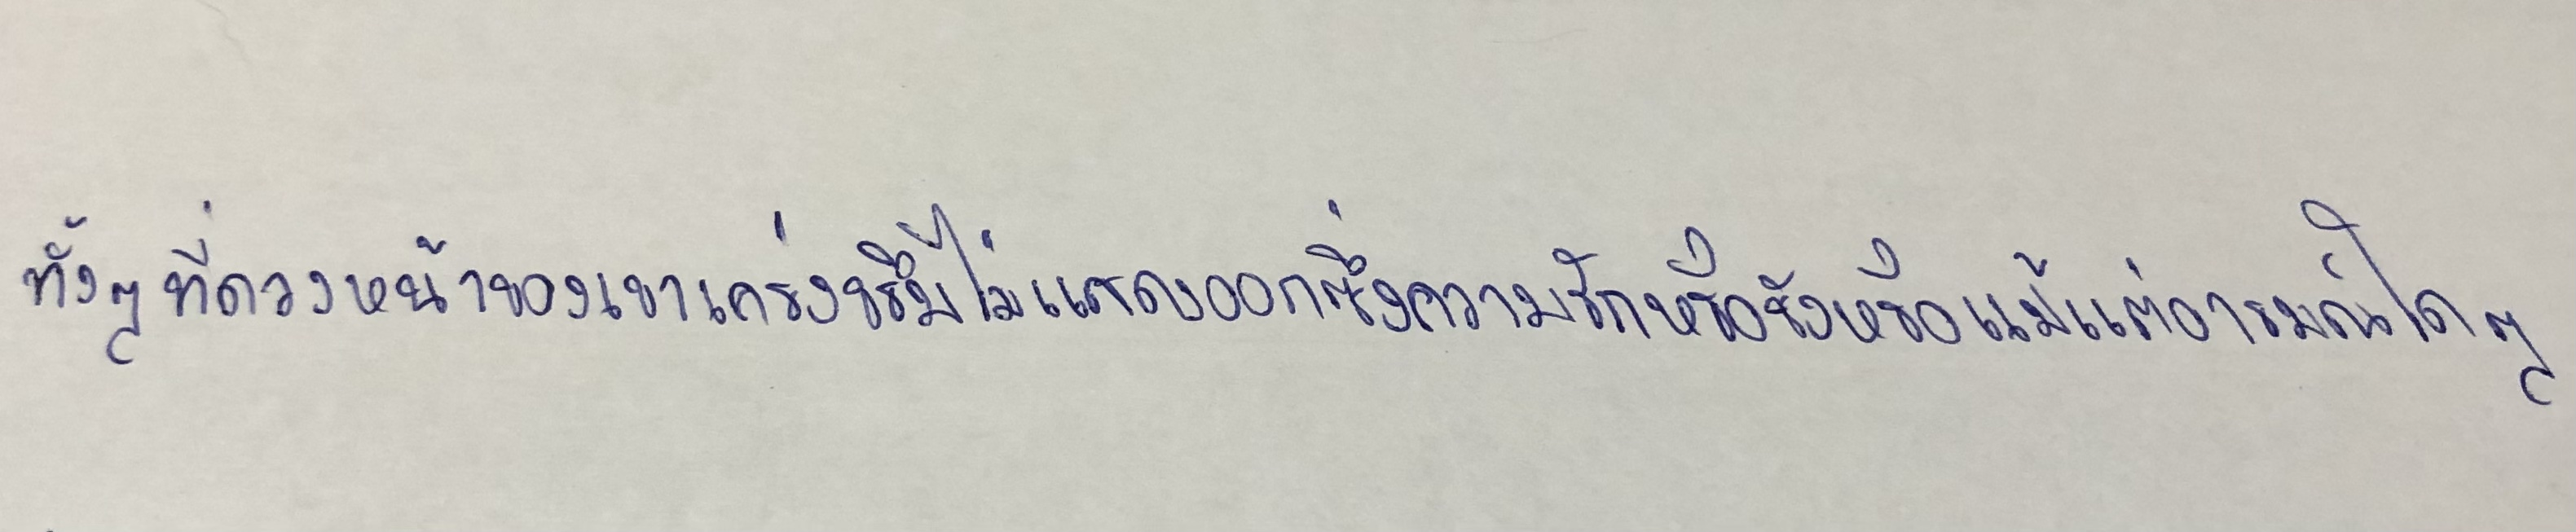
ทั้งๆ ที่ดวงหน้าของเขาเคร่งขรึมไม่แสดงออกซึ่งความรักหรือชังหรือแม้แต่อารมณ์ใดๆ